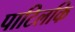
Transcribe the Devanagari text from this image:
पाटिलकि